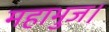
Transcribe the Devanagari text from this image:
महाभुज।